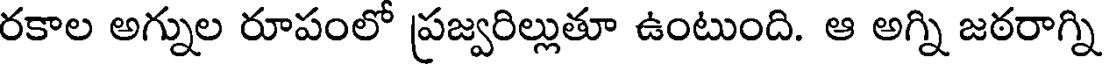
రకాల అగ్నుల రూపంలో ప్రజ్వరిల్లుతూ ఉంటుంది. ఆ అగ్ని జఠరాగ్ని